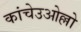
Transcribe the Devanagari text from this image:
कांचेउओल्लो